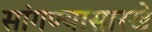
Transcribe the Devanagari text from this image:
सांगण्यासारखे